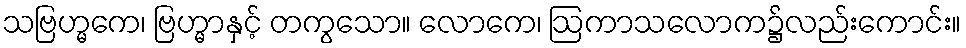
သဗြဟ္မကေ၊ ဗြဟ္မာနှင့် တကွသော။ လောကေ၊ ဩကာသလောက၌လည်းကောင်း။